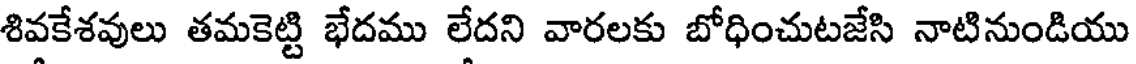
శివకేశవులు తమకెట్టి భేదము లేదని వారలకు బోధించుటజేసి నాటినుండియు